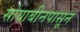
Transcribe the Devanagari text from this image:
सोयाबीनपासून